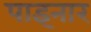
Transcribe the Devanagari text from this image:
पाइनार